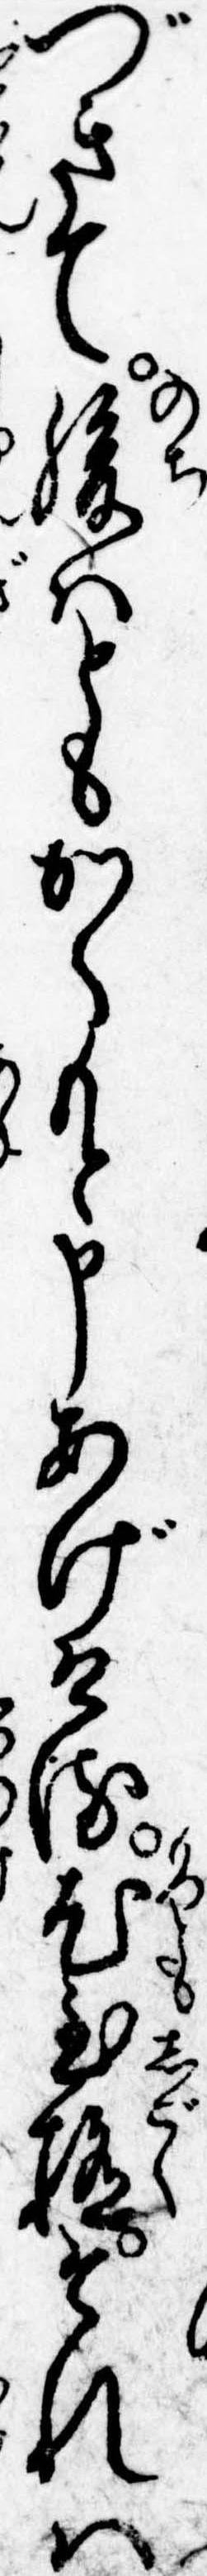
づきて後はともかくもと申あげける尤至極それは